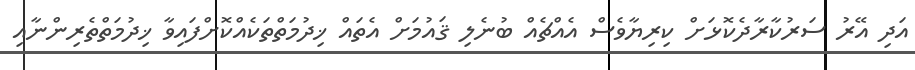
އަދި އޭރު ސަރުކާރާދެކޮޅަށް ކިރިޔާވެސް އެއްޗެއް ބުނެލި ޤައުމަށް އެތައް ޚިދުމަތްތަކެއްކޮށްފައިވާ ޚިދުމަތްތެރިންނާއި